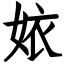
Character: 㛄